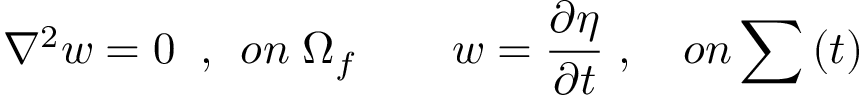
{ \nabla ^ { 2 } } w = 0 \; \; , \; \, o n \; { \Omega _ { f } } \quad \; \; \; \; w = \frac { { \partial \eta } } { { \partial t } } \; , \quad o n \sum \, ( t )